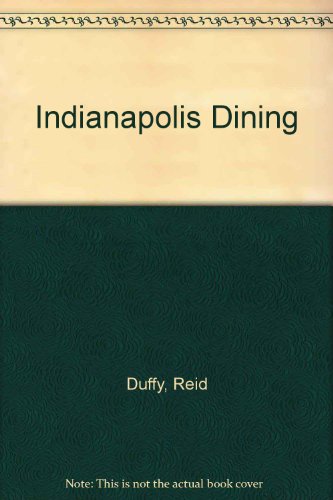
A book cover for Indianapolis Dining; Reid Duffy; Travel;